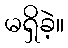
မရှိခဲ့။